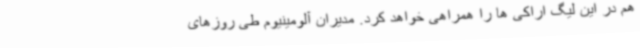
هم در این لیگ اراکی ها را همراهی خواهد کرد. مدیران آلومینیوم طی روزهای